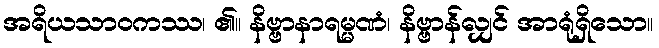
အရိယသာဝကဿ၊ ၏။ နိဗ္ဗာနာရမ္မဏံ၊ နိဗ္ဗာန်လျှင် အာရုံရှိသော။